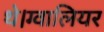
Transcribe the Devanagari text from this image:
थे।ग्वालियर